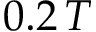
0 . 2 \, T